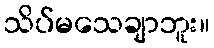
သိပ်မသေချာဘူး။